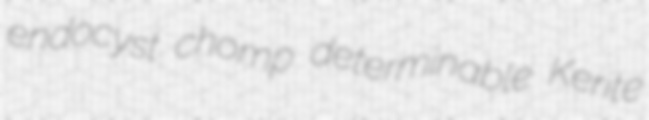
endocyst chomp determinable Kerite